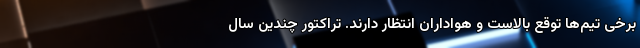
برخی تیم‌ها توقع بالاست و هواداران انتظار دارند. تراکتور چندین سال